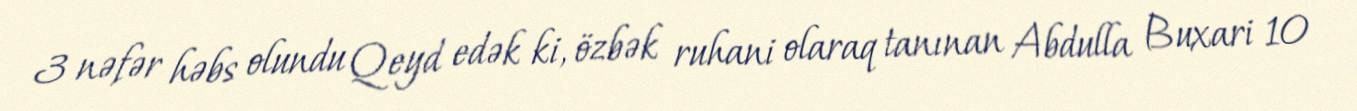
3 nəfər həbs olundu Qeyd edək ki, özbək ruhani olaraq tanınan Abdulla Buxari 10